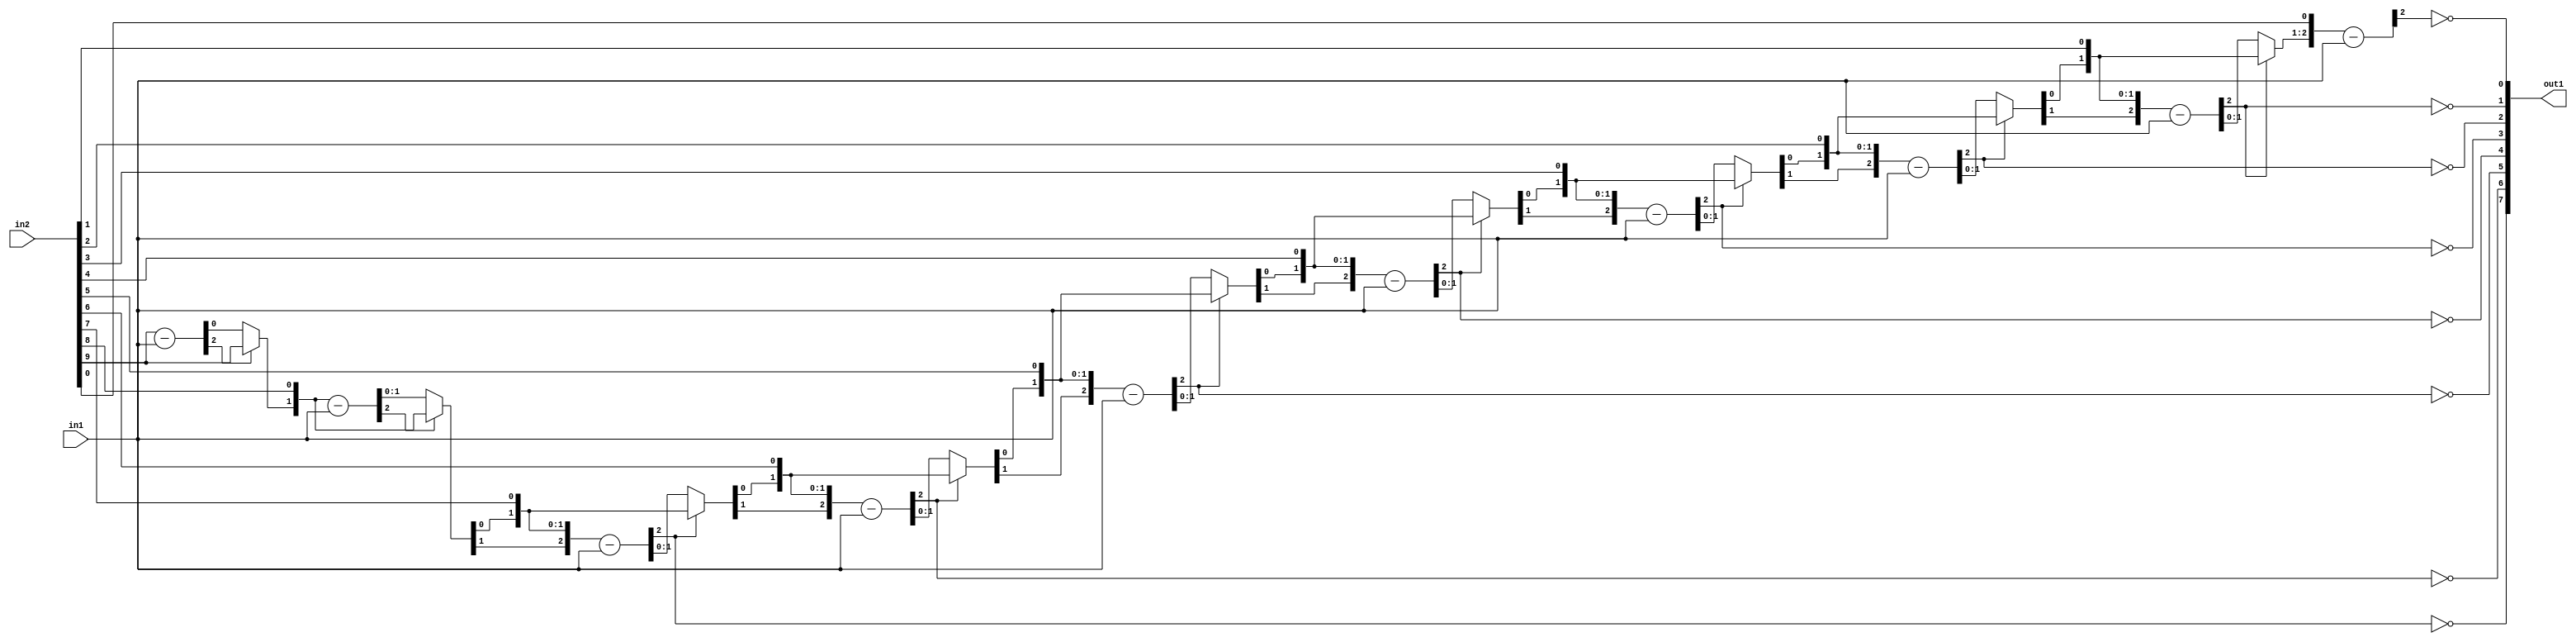
`timescale 1ps / 1ps
/*****************************************************************************
    Verilog RTL Description
    
    
    Created by: Stratus DpOpt 2019.1.01 
*******************************************************************************/

module GaussFilter_Div_10Ux2U_8U_1 (
	in2,
	in1,
	out1
	); /* architecture "behavioural" */ 
input [9:0] in2;
input [1:0] in1;
output [7:0] out1;
wire [7:0] asc001_0;
wire [2:0] in2_1;
wire [0:0] in2_2;
wire [2:0] in2_4;
wire [1:0] in2_5;
wire [2:0] in2_7,
	in2_8,
	in2_10;
wire [3:0] in2_11;
wire [2:0] in2_13;
wire [4:0] in2_14;
wire [2:0] in2_16;
wire [5:0] in2_17;
wire [2:0] in2_19;
wire [6:0] in2_20;
wire [2:0] in2_22;
wire [7:0] in2_23;
wire [2:0] in2_25;
wire [8:0] in2_26;
wire [9:0] in2_27;
wire [2:0] in2_28;
wire [1:0] in2_3_0,
	in2_3_1;
wire [2:0] in2_6_0,
	in2_6_1;
wire [3:0] in2_9_0,
	in2_9_1;
wire [4:0] in2_12_0,
	in2_12_1;
wire [5:0] in2_15_0,
	in2_15_1;
wire [6:0] in2_18_0,
	in2_18_1;
wire [7:0] in2_21_0,
	in2_21_1;
wire [8:0] in2_24_0,
	in2_24_1;

wire [2:0] in2_1_tmp_0;
assign in2_1_tmp_0 = 
	+(in2[9]);
assign in2_1 = in2_1_tmp_0
	-(in1);

reg [0:0] in2_2_tmp_1;
assign in2_2 = in2_2_tmp_1;
always @ (in2_1[2] or in2_1[0] or in2[9]) begin
	case (in2_1[2])
		1'B0 : in2_2_tmp_1 = in2_1[0] ;
		default : in2_2_tmp_1 = in2[9] ;
	endcase
end

assign in2_3_0 = {in2_2,in2[8]};

assign in2_3_1 = {in2_2,in2[8]};

wire [2:0] in2_4_tmp_2;
assign in2_4_tmp_2 = 
	+(in2_3_1);
assign in2_4 = in2_4_tmp_2
	-(in1);

reg [1:0] in2_5_tmp_3;
assign in2_5 = in2_5_tmp_3;
always @ (in2_4[2] or in2_4[1:0] or in2_3_0) begin
	case (in2_4[2])
		1'B0 : in2_5_tmp_3 = in2_4[1:0] ;
		default : in2_5_tmp_3 = in2_3_0 ;
	endcase
end

assign in2_6_0 = {in2_5,in2[7]};

assign in2_6_1 = {in2_5,in2[7]};

wire [2:0] in2_7_tmp_4;
assign in2_7_tmp_4 = 
	+(in2_6_1);
assign in2_7 = in2_7_tmp_4
	-(in1);

assign asc001_0[7] = ~in2_7[2];

reg [2:0] in2_8_tmp_5;
assign in2_8 = in2_8_tmp_5;
always @ (in2_7[2] or in2_7 or in2_6_0) begin
	case (in2_7[2])
		1'B0 : in2_8_tmp_5 = in2_7 ;
		default : in2_8_tmp_5 = in2_6_0 ;
	endcase
end

assign in2_9_0 = {in2_8,in2[6]};

assign in2_9_1 = {in2_8,in2[6]};

wire [2:0] in2_10_tmp_6;
assign in2_10_tmp_6 = 
	+(in2_9_1[2:0]);
assign in2_10 = in2_10_tmp_6
	-(in1);

assign asc001_0[6] = ~in2_10[2];

reg [3:0] in2_11_tmp_7;
assign in2_11 = in2_11_tmp_7;
always @ (in2_10[2] or in2_10 or in2_9_0) begin
	case (in2_10[2])
		1'B0 : in2_11_tmp_7 = in2_10 ;
		default : in2_11_tmp_7 = in2_9_0 ;
	endcase
end

assign in2_12_0 = {in2_11,in2[5]};

assign in2_12_1 = {in2_11,in2[5]};

wire [2:0] in2_13_tmp_8;
assign in2_13_tmp_8 = 
	+(in2_12_1[2:0]);
assign in2_13 = in2_13_tmp_8
	-(in1);

assign asc001_0[5] = ~in2_13[2];

reg [4:0] in2_14_tmp_9;
assign in2_14 = in2_14_tmp_9;
always @ (in2_13[2] or in2_13 or in2_12_0) begin
	case (in2_13[2])
		1'B0 : in2_14_tmp_9 = in2_13 ;
		default : in2_14_tmp_9 = in2_12_0 ;
	endcase
end

assign in2_15_0 = {in2_14,in2[4]};

assign in2_15_1 = {in2_14,in2[4]};

wire [2:0] in2_16_tmp_10;
assign in2_16_tmp_10 = 
	+(in2_15_1[2:0]);
assign in2_16 = in2_16_tmp_10
	-(in1);

assign asc001_0[4] = ~in2_16[2];

reg [5:0] in2_17_tmp_11;
assign in2_17 = in2_17_tmp_11;
always @ (in2_16[2] or in2_16 or in2_15_0) begin
	case (in2_16[2])
		1'B0 : in2_17_tmp_11 = in2_16 ;
		default : in2_17_tmp_11 = in2_15_0 ;
	endcase
end

assign in2_18_0 = {in2_17,in2[3]};

assign in2_18_1 = {in2_17,in2[3]};

wire [2:0] in2_19_tmp_12;
assign in2_19_tmp_12 = 
	+(in2_18_1[2:0]);
assign in2_19 = in2_19_tmp_12
	-(in1);

assign asc001_0[3] = ~in2_19[2];

reg [6:0] in2_20_tmp_13;
assign in2_20 = in2_20_tmp_13;
always @ (in2_19[2] or in2_19 or in2_18_0) begin
	case (in2_19[2])
		1'B0 : in2_20_tmp_13 = in2_19 ;
		default : in2_20_tmp_13 = in2_18_0 ;
	endcase
end

assign in2_21_0 = {in2_20,in2[2]};

assign in2_21_1 = {in2_20,in2[2]};

wire [2:0] in2_22_tmp_14;
assign in2_22_tmp_14 = 
	+(in2_21_1[2:0]);
assign in2_22 = in2_22_tmp_14
	-(in1);

assign asc001_0[2] = ~in2_22[2];

reg [7:0] in2_23_tmp_15;
assign in2_23 = in2_23_tmp_15;
always @ (in2_22[2] or in2_22 or in2_21_0) begin
	case (in2_22[2])
		1'B0 : in2_23_tmp_15 = in2_22 ;
		default : in2_23_tmp_15 = in2_21_0 ;
	endcase
end

assign in2_24_0 = {in2_23,in2[1]};

assign in2_24_1 = {in2_23,in2[1]};

wire [2:0] in2_25_tmp_16;
assign in2_25_tmp_16 = 
	+(in2_24_1[2:0]);
assign in2_25 = in2_25_tmp_16
	-(in1);

assign asc001_0[1] = ~in2_25[2];

reg [8:0] in2_26_tmp_17;
assign in2_26 = in2_26_tmp_17;
always @ (in2_25[2] or in2_25 or in2_24_0) begin
	case (in2_25[2])
		1'B0 : in2_26_tmp_17 = in2_25 ;
		default : in2_26_tmp_17 = in2_24_0 ;
	endcase
end

assign in2_27 = {in2_26,in2[0]};

wire [2:0] in2_28_tmp_18;
assign in2_28_tmp_18 = 
	+(in2_27[2:0]);
assign in2_28 = in2_28_tmp_18
	-(in1);

assign asc001_0[0] = ~in2_28[2];

assign out1 = asc001_0;
endmodule

/* CADENCE  v7f3TQjf : u9/ySgnWtBlWxVPRXgAZ4Og= ** DO NOT EDIT THIS LINE ******/